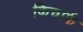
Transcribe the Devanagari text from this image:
किचार्फ